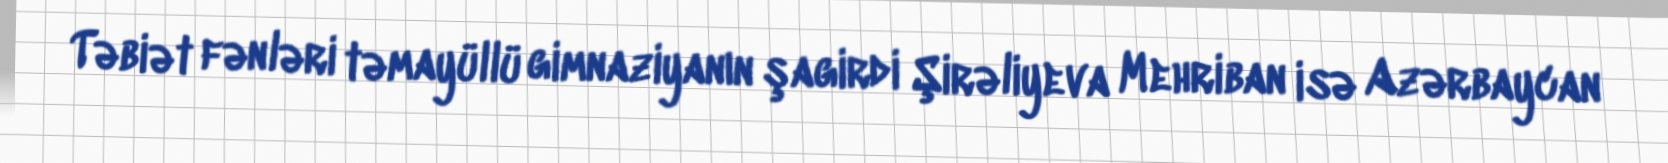
Təbiət fənləri təmayüllü gimnaziyanın şagirdi Şirəliyeva Mehriban isə Azərbaycan